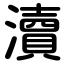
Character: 瀆